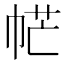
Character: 𢂾